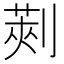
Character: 𠞦